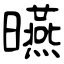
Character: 曣